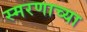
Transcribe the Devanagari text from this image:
स्मरणाच्या